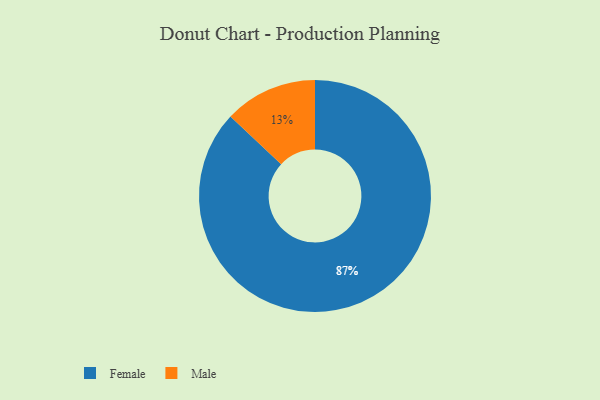
{"axis": {"x": "Category", "y": "Percentage"}, "legend": ["Female", "Male"], "data": [{"x": "Male", "y": 13, "type": "Male"}, {"x": "Female", "y": 87, "type": "Female"}]}